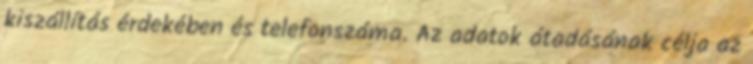
kiszállítás érdekében és telefonszáma. Az adatok átadásának célja az